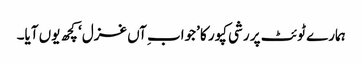
ہمارے ٹوئٹ پر رشی کپور کا ’جواب ِآں غزل‘ کچھ یوں آیا۔